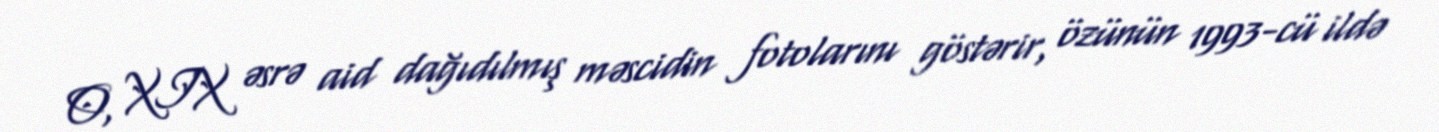
O, XIX əsrə aid dağıdılmış məscidin fotolarını göstərir, özünün 1993-cü ildə